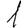
Digit: 1